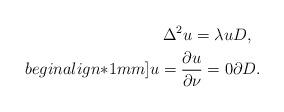
LaTeX: \begin{align*}\Delta^2 u=\lambda u & D,\\begin{align*}1mm]u=\frac{\partial u}{\partial \nu} = 0 & \partial D.\end{align*}